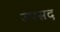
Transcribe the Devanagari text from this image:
उपसद